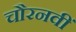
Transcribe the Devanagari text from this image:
चौरनवीं